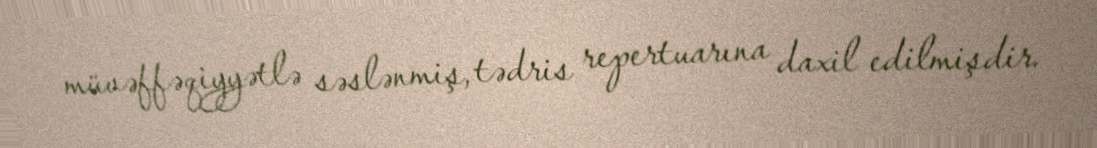
müvəffəqiyyətlə səslənmiş, tədris repertuarına daxil edilmişdir.